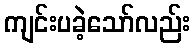
ကျင်းပခဲ့သော်လည်း